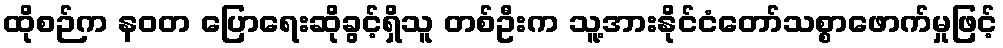
ထိုစဉ်က နဝတ ပြောရေးဆိုခွင့်ရှိသူ တစ်ဦးက သူ့အားနိုင်ငံတော်သစ္စာဖောက်မှုဖြင့်